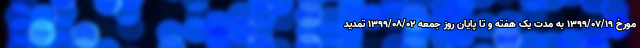
مورخ ۱۳۹۹/۰۷/۱۹ به مدت یک هفته و تا پایان روز جمعه ۱۳۹۹/۰۸/۰۲ تمدید